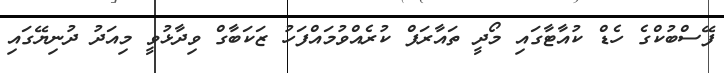
ފޭސްބުކްގެ ހެޑް ކުއާޓާގައި މޯދީ ތައާރަފް ކުރެއްވުމައްފަހު ޒަކަބާގް ވިދާޅުވީ މިއަދު ދުނިޔޭގައި